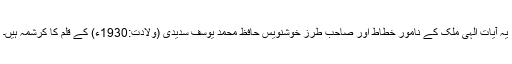
یہ آیات الٰہی ملک کے نامور خطاط اور صاحبِ طرز خوشنویس حافظ محمد یوسف سدیدی (ولادت:1930ء) کے قلم کا کرشمہ ہیں۔